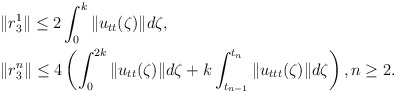
\begin{align*} & \|r_3^{1}\| \leq 2 \int_{0}^{k} \|u_{tt}(\zeta)\|d\zeta, \\ & \|r_3^{n}\| \leq 4 \left( \int_{0}^{2k} \|u_{tt}(\zeta)\|d\zeta + k\int_{t_{n-1}}^{t_{n}} \|u_{ttt}(\zeta)\|d\zeta \right), n\geq 2. \end{align*}